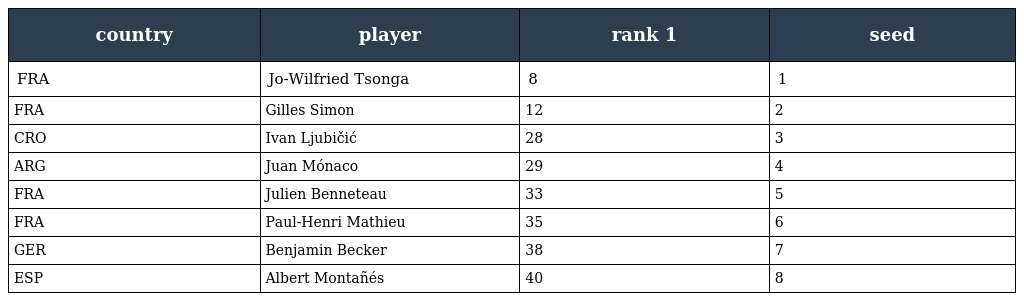
| country | player | rank 1 | seed |
 | --- | --- | --- | --- |
 | FRA | Jo-Wilfried Tsonga | 8 | 1 |
 | FRA | Gilles Simon | 12 | 2 |
 | CRO | Ivan Ljubičić | 28 | 3 |
 | ARG | Juan Mónaco | 29 | 4 |
 | FRA | Julien Benneteau | 33 | 5 |
 | FRA | Paul-Henri Mathieu | 35 | 6 |
 | GER | Benjamin Becker | 38 | 7 |
 | ESP | Albert Montañés | 40 | 8 |